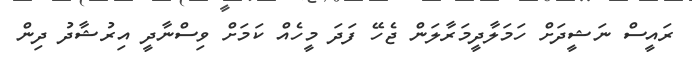
ރައީސް ނަޝީދަށް ހަމަލާދީީމަރާލަން ޖެހޭ ފަދަ މީހެއް ކަމަށް ވިސްނާދީ އިރުޝާދު ދިން